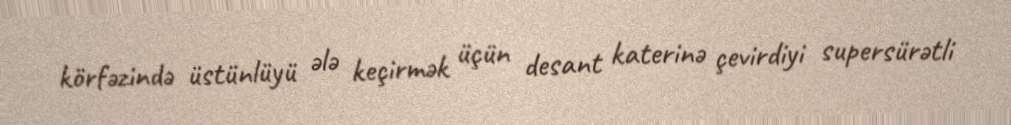
körfəzində üstünlüyü ələ keçirmək üçün desant katerinə çevirdiyi supersürətli